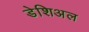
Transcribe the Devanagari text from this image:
डेशिअल